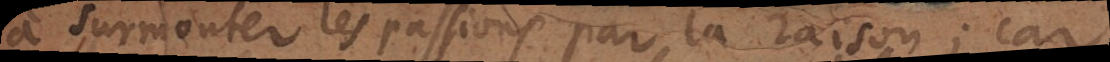
à surmonter les passions par la raison; car